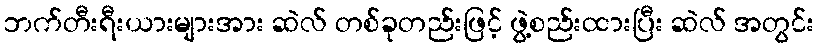
ဘက်တီးရီးယားများအား ဆဲလ် တစ်ခုတည်းဖြင့် ဖွဲ့စည်းထားပြီး ဆဲလ် အတွင်း